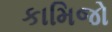
કામિજો